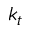
k _ { t }